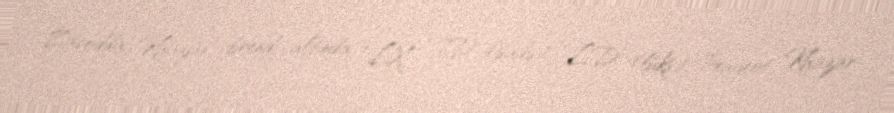
Zavodda “Khazar” brendi altında “LX”, “SD” (sadə), “LD” (lüks), Peugeot Khazar